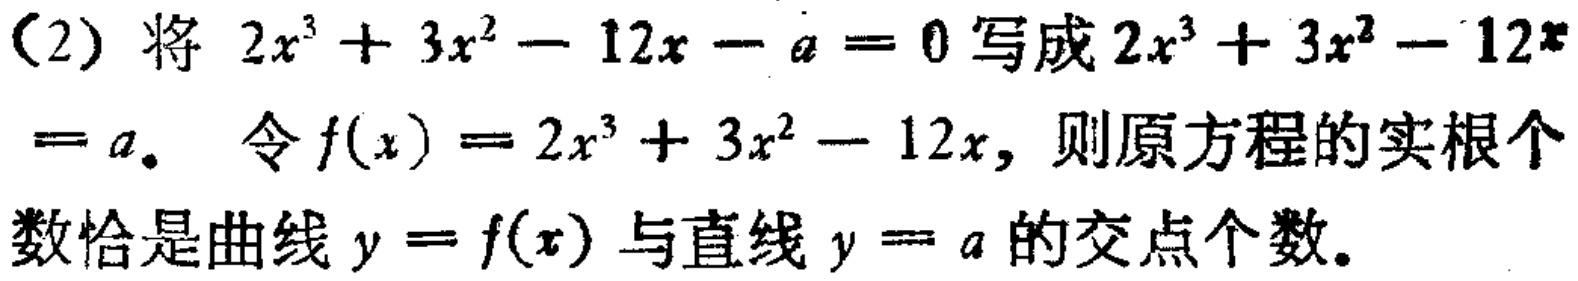
（2）将 \(2x^{3}+3x^{2}-12x - a = 0\) 写成 \(2x^{3}+3x^{2}-12x=a\)。令 \(f(x)=2x^{3}+3x^{2}-12x\)，则原方程的实根个数恰是曲线 \(y = f(x)\) 与直线 \(y = a\) 的交点个数。